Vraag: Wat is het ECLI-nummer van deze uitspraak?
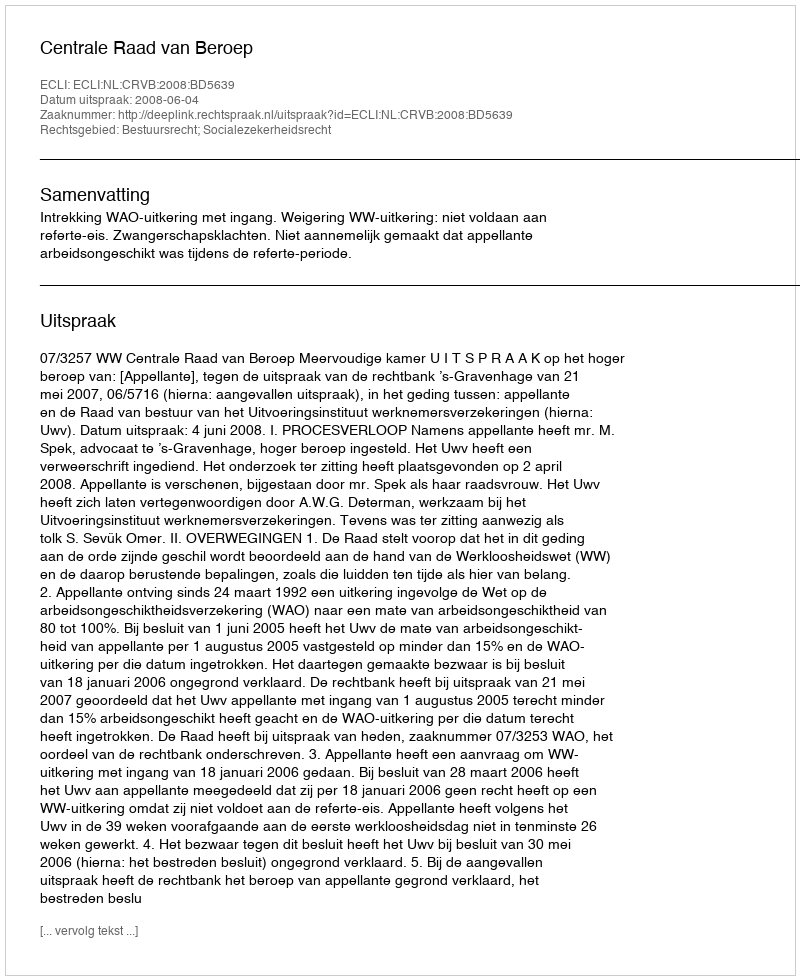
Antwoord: ECLI:NL:CRVB:2008:BD5639